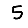
Digit: 5